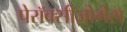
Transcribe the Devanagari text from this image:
पेरॉक्सीज़ोमेस